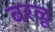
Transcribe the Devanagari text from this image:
बरळू